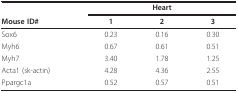
|  | <COLSPAN=3> Heart |
 | Mouse ID# | 1 | 2 | 3 |
 | --- | --- | --- | --- |
 | Sox6 | 0.23 | 0.16 | 0.30 |
 | Myh6 | 0.67 | 0.61 | 0.51 |
 | Myh7 | 3.40 | 1.78 | 1.25 |
 | Acta1 (sk-actin) | 4.28 | 4.36 | 2.55 |
 | Ppargc1a | 0.52 | 0.57 | 0.51 |